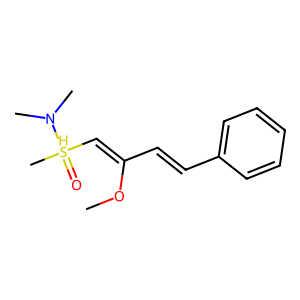
SMILES: COC(C=Cc1ccccc1)=C[SH](C)(=O)N(C)C
Inhibits HIV replication: No